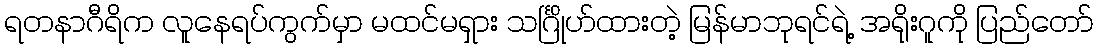
ရတနာဂီရိက လူနေရပ်ကွက်မှာ မထင်မရှား သင်္ဂြိုဟ်ထားတဲ့ မြန်မာဘုရင်ရဲ့ အရိုးဂူကို ပြည်တော်